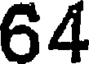
64